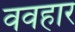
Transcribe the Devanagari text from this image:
ववहार